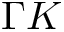
\Gamma K